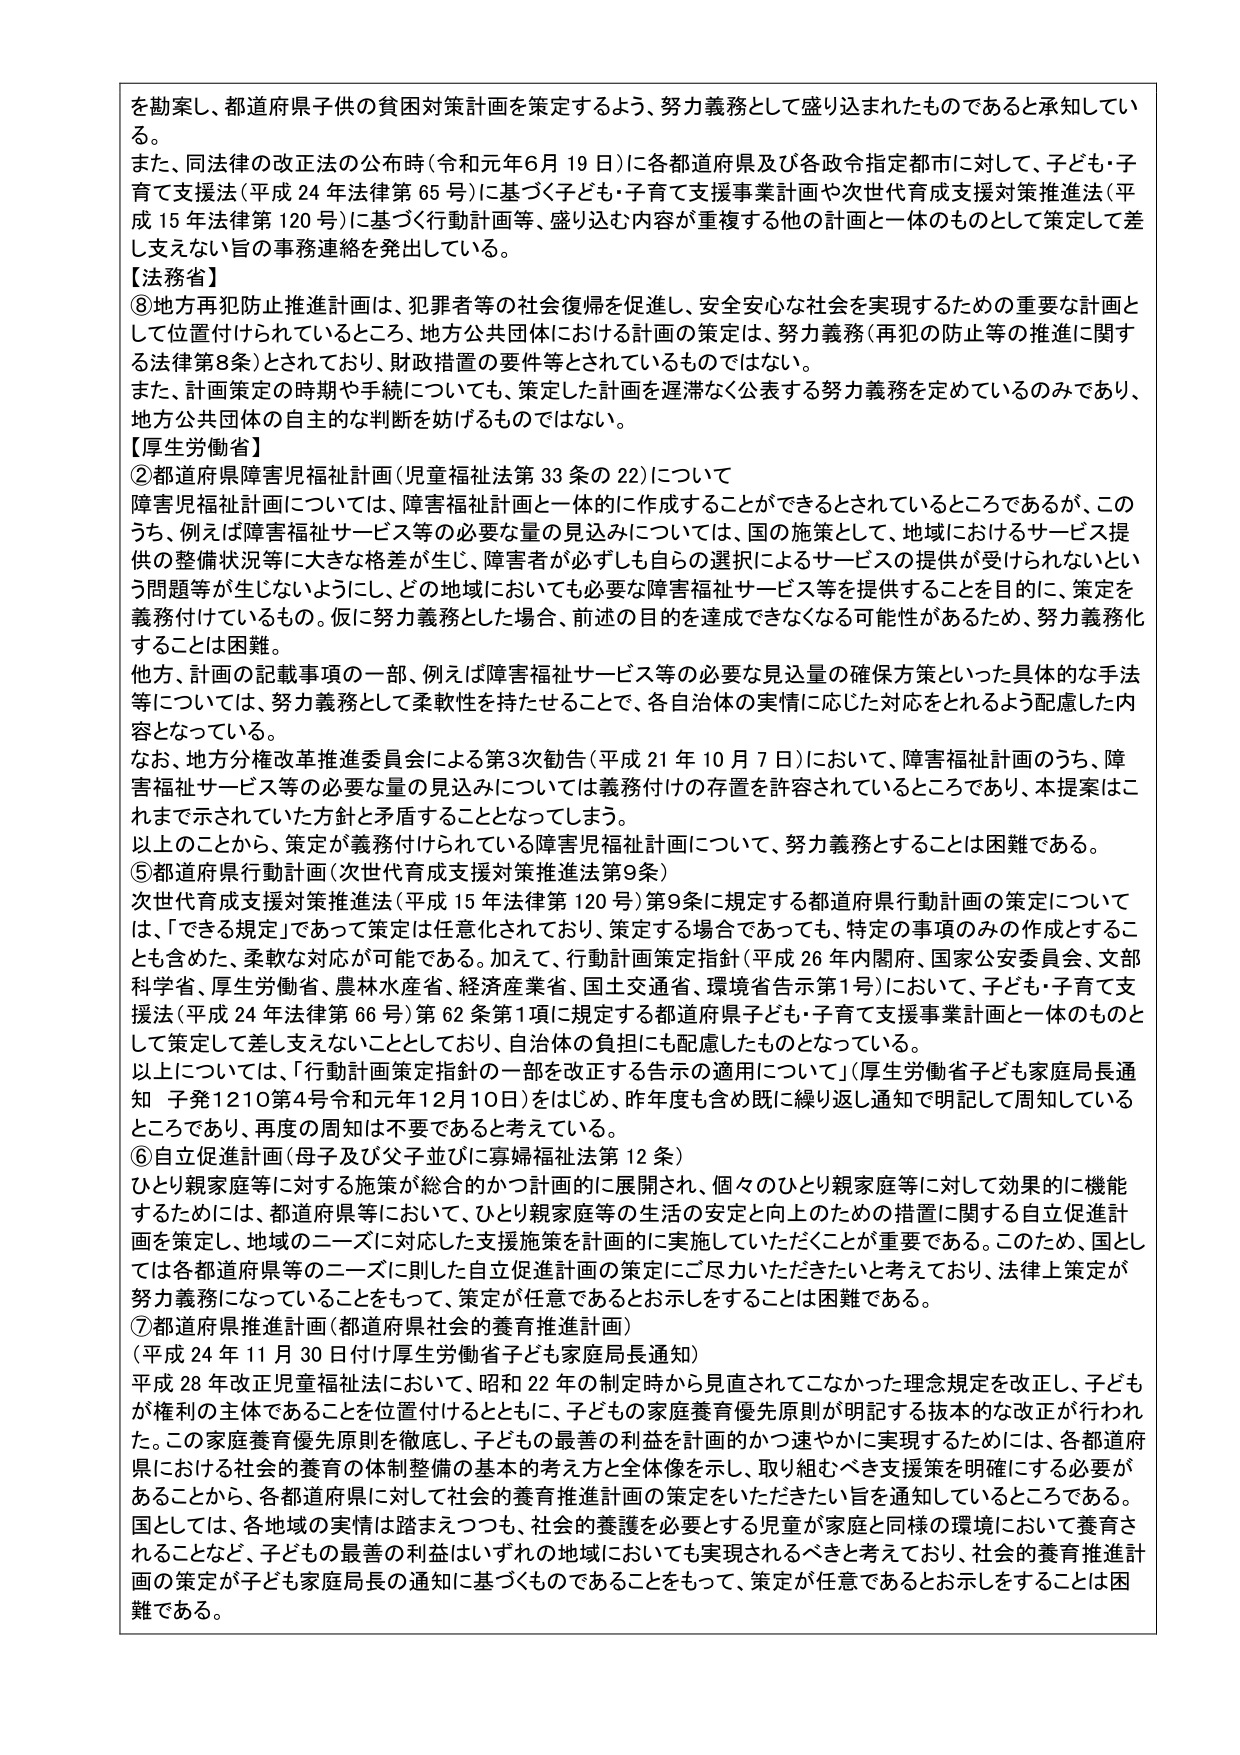
を勧奨し、都道府県子供の貧困対策計画を策定するよう、努力義務として盛り込まれたものであると承知している。

また、同法律の改正法の公布時（令和元年6月19日）に各都道府県及び各政令指定都市に対して、子ども・子育て支援法（平成24年法律第65号）に基づく子ども・子育て支援事業計画や次世代育成支援対策推進法（平成15年法律第120号）に基づく行動計画等、盛り込む内容が重複する他の計画と一体のものとして策定して差し支えない旨の事務連絡を発出している。

【法務省】

⑧地方再犯防止推進計画は、犯罪者等の社会復帰を促進し、安全安心な社会を実現するための重要な計画として位置付けられているところ、地方公共団体における計画の策定は、努力義務（再犯の防止等の推進に関する法律第8条）とされており、財政措置の要件等とされているものではない。

また、計画策定の時期や手続についても、策定した計画を遅滞なく公表する努力義務を定めているのみであり、地方公共団体の自主的な判断を妨げるものではない。

【厚生労働省】

②都道府県障害児福祉計画（児童福祉法第33条の22）について

障害児福祉計画については、障害福祉計画と一体的に作成することができるとしているところであるが、このうち、例えば障害福祉サービス等の必要な量の見込みについては、国の施策として、地域におけるサービス提供の整備状況等に大きな格差が生じ、障害者が必ずしも自らの選択によるサービスの提供が受けられないという問題等が生じないようにし、どの地域においても必要な障害福祉サービス等を提供することを目的に、策定を義務付けているもの。仮に努力義務とした場合、前述の目的を達成できなくなる可能性があるため、努力義務化することは困難。

他方、計画の記載事項の一部、例えば障害福祉サービス等の必要な見込量の確保方策といった具体的な手法等については、努力義務として柔軟性を持たせることで、各自治体の実情に応じた対応をとれるよう配慮した内容となっている。

なお、地方分権改革推進委員会による第3次勧告（平成21年10月7日）において、障害福祉計画のうち、障害福祉サービス等の必要な量の見込みについては義務付けの存置を許容されているところであり、本提案はこれまで示されていた方針と矛盾することとなってしまう。

以上のことから、策定が義務付けられている障害児福祉計画について、努力義務とすることは困難である。

⑤都道府県行動計画（次世代育成支援対策推進法第9条）

次世代育成支援対策推進法（平成15年法律第120号）第9条に規定する都道府県行動計画の策定については、「できる規定」であって策定は任意化されており、策定する場合であっても、特定の事項のみの作成とすることも含めた、柔軟な対応が可能である。加えて、行動計画策定指針（平成26年内閣府、国家公安委員会、文部科学省、厚生労働省、農林水産省、経済産業省、国土交通省、環境省告示第1号）において、子ども・子育て支援法（平成24年法律第66号）第62条第1項に規定する都道府県子ども・子育て支援事業計画と一体のものとして策定して差し支えないこととしており、自治体の負担にも配慮したものとなっている。

以上については、「行動計画策定指針の一部を改正する告示の適用について」（厚生労働省子ども家庭局長通知 子発1210第4号令和元年12月10日）をはじめ、昨年度も含め既に繰り返し通知で明記して周知しているところであり、再度の周知は不要であると考えている。

⑥自立促進計画（母子及び父子並びに寡婦福祉法第12条）

ひとり親家庭等に対する施策が総合的かつ計画的に展開され、個々のひとり親家庭等に対して効果的に機能するために、都道府県等において、ひとり親家庭等の生活の安定と向上のための措置に関する自立促進計画を策定し、地域のニーズに対応した支援施策を計画的に実施していただくことが重要である。このため、国としては各都道府県等のニーズに則した自立促進計画の策定にご尽力いただきたいと考えており、法律上策定が努力義務になっていることをもって、策定が任意であるとお示しをすることは困難である。

⑦都道府県推進計画（都道府県社会的養育推進計画）

（平成24年11月30日付け厚生労働省子ども家庭局長通知）

平成28年改正児童福祉法において、昭和22年の制定時から見直されてこなかった理念規定を改正し、子どもが権利の主体であることを位置付けるとともに、子どもの家庭養育優先原則が明記する抜本的な改正が行われた。この家庭養育優先原則を徹底し、子どもの最善の利益を計画的かつ速やかに実現するためには、各都道府県における社会的養育の体制整備の基本的考え方と全体像を示し、取り組むべき支援策を明確にする必要があることから、各都道府県に対して社会的養育推進計画の策定をいただきたい旨を通知しているところである。

国としては、各地域の実情は踏まえつつも、社会的養護を必要とする児童が家庭と同様の環境において養育されることなど、子どもの最善の利益はいずれの地域においても実現されるべきと考えており、社会的養育推進計画の策定が子ども家庭局長の通知に基づくものであることをもって、策定が任意であるとお示しをすることは困難である。